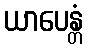
ယာပေန္တံ